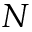
N